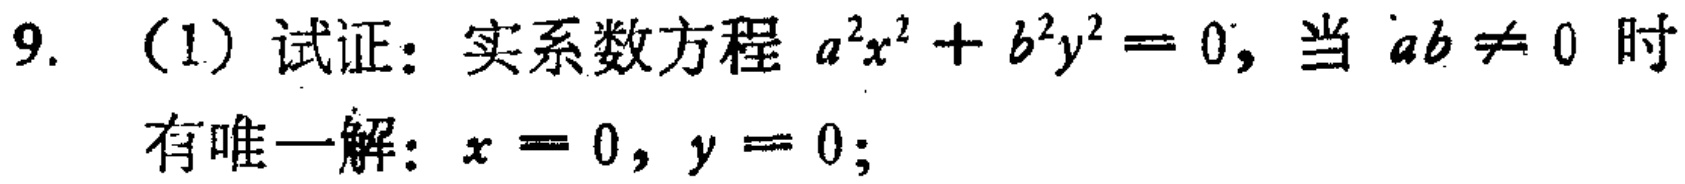
9. （1）试证：实系数方程 \(a^{2}x^{2}+b^{2}y^{2}=0\)，当 \(ab\neq 0\) 时
有唯一解：\(x = 0\)，\(y = 0\)；